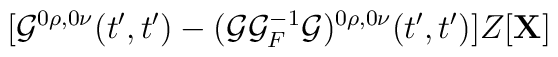
[{\cal G}^{0\rho ,0\nu}(t',t')-({\cal G}{\cal G}_F^{-1}{\cal G})^{0\rho ,0\nu}(t',t')]Z[{\bf X}]